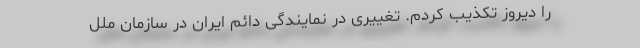
را دیروز تکذیب کردم. تغییری در نمایندگی دائم ایران در سازمان ملل